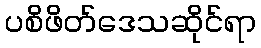
ပစိဖိတ်ဒေသဆိုင်ရာ